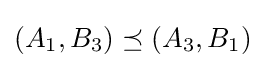
(A_{1},B_{3})\preceq (A_{3},B_{1})